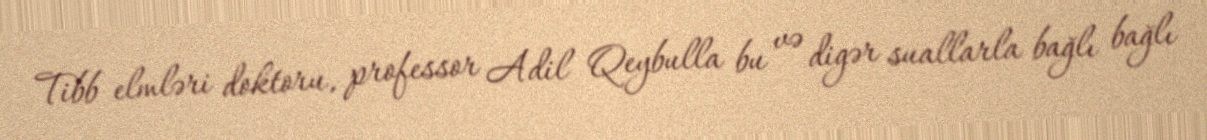
Tibb elmləri doktoru, professor Adil Qeybulla bu və digər suallarla bağlı bağlı